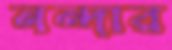
নন্দার